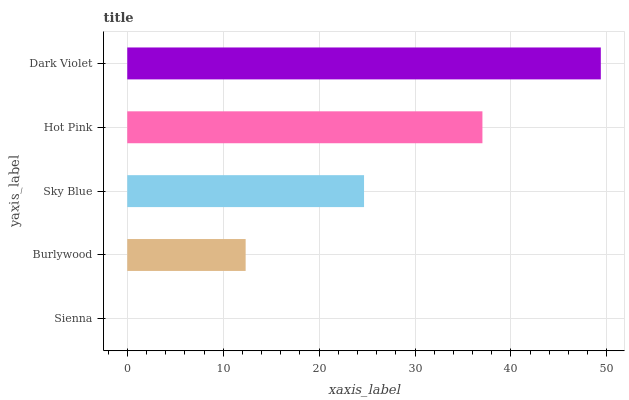
| yaxis_label | bars |
 | --- | --- |
 | Sienna | 0 |
 | Burlywood | 12.3 |
 | Sky Blue | 24.7 |
 | Hot Pink | 37 |
 | Dark Violet | 49.4 |